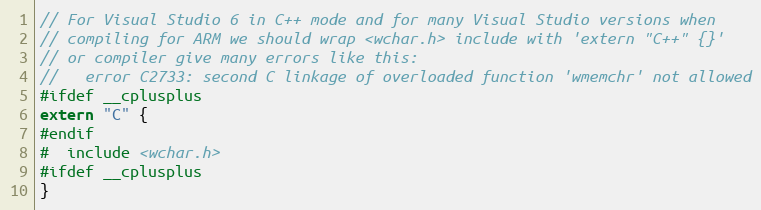
Language: C
// For Visual Studio 6 in C++ mode and for many Visual Studio versions when
// compiling for ARM we should wrap <wchar.h> include with 'extern "C++" {}'
// or compiler give many errors like this:
//   error C2733: second C linkage of overloaded function 'wmemchr' not allowed
#ifdef __cplusplus
extern "C" {
#endif
#  include <wchar.h>
#ifdef __cplusplus
}